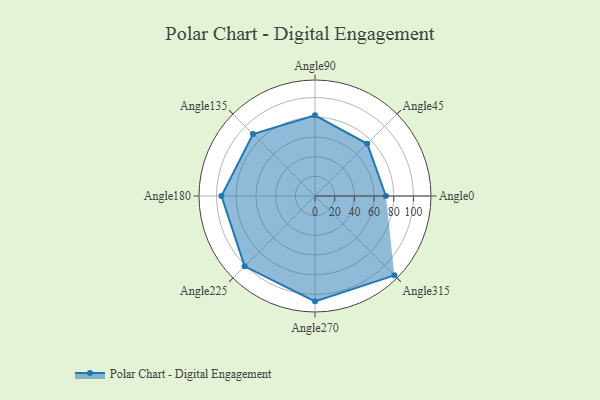
{"axis": {"x": "Angle", "y": "Radius"}, "legend": [""], "data": [{"x": "Angle0", "y": 72.0, "type": ""}, {"x": "Angle45", "y": 75.0, "type": ""}, {"x": "Angle90", "y": 82.0, "type": ""}, {"x": "Angle135", "y": 89.0, "type": ""}, {"x": "Angle180", "y": 95.0, "type": ""}, {"x": "Angle225", "y": 101.0, "type": ""}, {"x": "Angle270", "y": 107.0, "type": ""}, {"x": "Angle315", "y": 114.0, "type": ""}]}